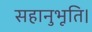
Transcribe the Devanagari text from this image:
सहानुभूति।